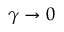
\gamma \to 0